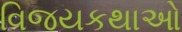
વિજયકથાઓ